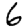
Digit: 6